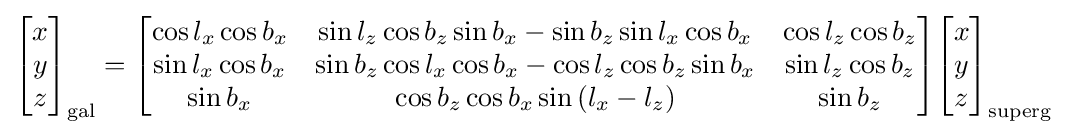
{\begin{bmatrix}x\\y\\z\end{bmatrix}}_{\text{gal}}={\begin{bmatrix}\cos l_{x}\cos b_{x}&\sin l_{z}\cos b_{z}\sin b_{x}-\sin b_{z}\sin l_{x}\cos b_{x}&\cos l_{z}\cos b_{z}\\\sin l_{x}\cos b_{x}&\sin b_{z}\cos l_{x}\cos b_{x}-\cos l_{z}\cos b_{z}\sin b_{x}&\sin l_{z}\cos b_{z}\\\sin b_{x}&\cos b_{z}\cos b_{x}\sin \left(l_{x}-l_{z}\right)&\sin b_{z}\end{bmatrix}}{\begin{bmatrix}x\\y\\z\end{bmatrix}}_{\text{superg}}